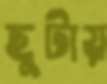
ছুটায়